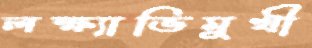
লক্ষ্যাভিমুখী